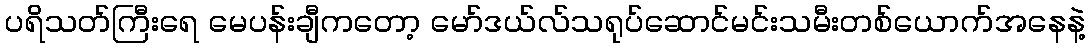
ပရိသတ်ကြီးရေ မေပန်းချီကတော့ မော်ဒယ်လ်သရုပ်ဆောင်မင်းသမီးတစ်ယောက်အနေနဲ့